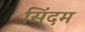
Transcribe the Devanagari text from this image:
सिंदम